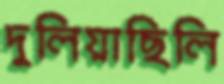
দুলিয়াছিলি